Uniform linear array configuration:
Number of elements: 64
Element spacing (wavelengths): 0.5
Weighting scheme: hann
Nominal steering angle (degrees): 15
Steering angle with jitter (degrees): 16.375
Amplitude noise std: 0.05
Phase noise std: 0.05

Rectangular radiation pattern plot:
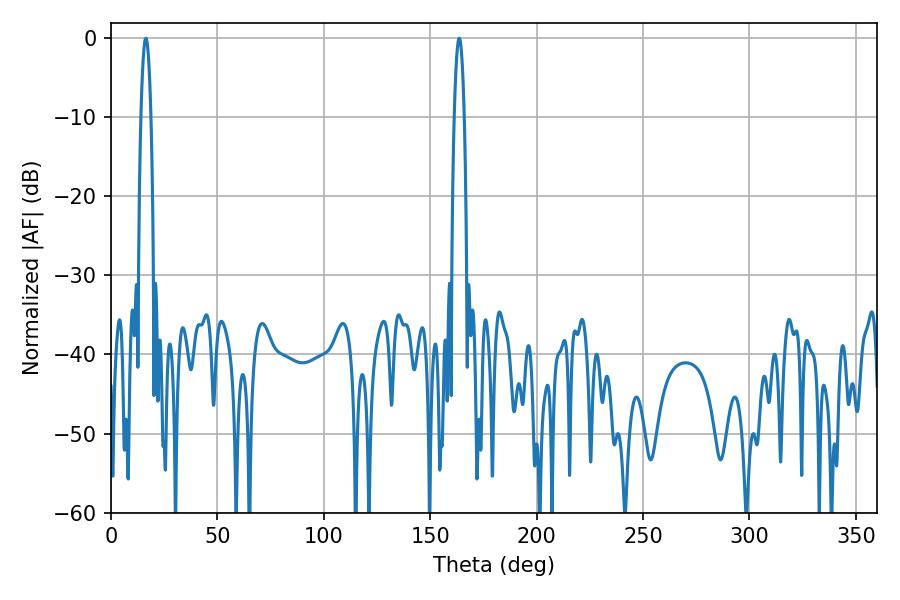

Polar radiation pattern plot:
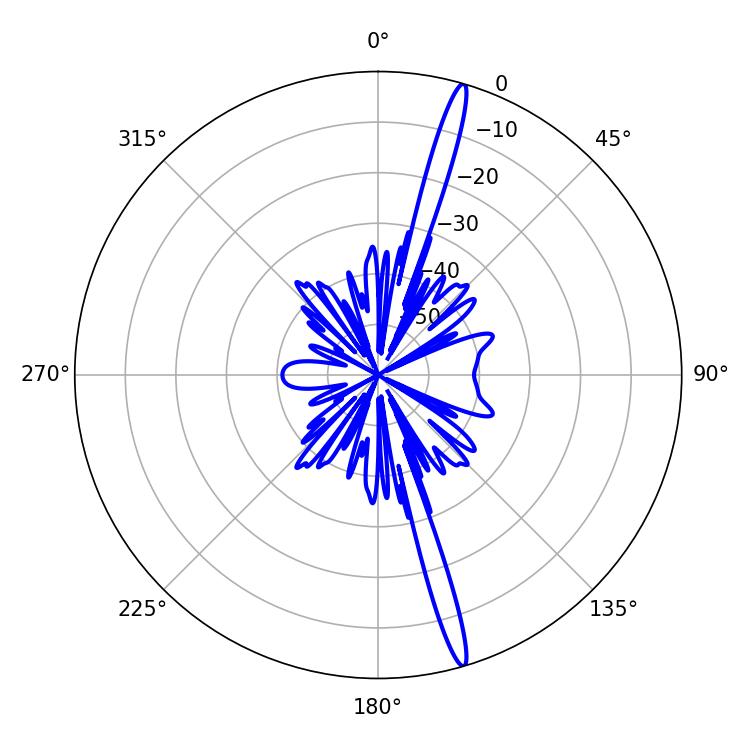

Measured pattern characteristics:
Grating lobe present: FALSE
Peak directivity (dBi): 18.545
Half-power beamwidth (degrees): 2.52
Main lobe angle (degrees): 16.38